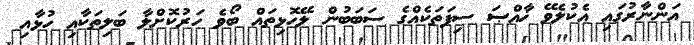
އަންނާރުގައި އެކުލެވޭ ޚާއްޞަ ސިފަތަކެއްގެ ސަބަބުން ލޭހޮޅިތައް ބޯވެ ހަރުކޮށްލާ ބަލިތަކާއި ހުޅާއި